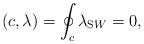
\begin{align*}(c,\lambda )=\oint _{c}\lambda _{\mathrm SW} =0,\end{align*}